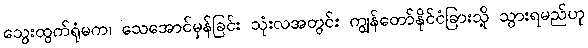
သွေးထွက်ရုံမက၊ သေအောင်မှန်ခြင်း သုံးလအတွင်း ကျွန်တော်နိုင်ငံခြားသို့ သွားရမည်ဟု